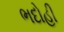
ભદોહી